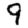
Digit: 9